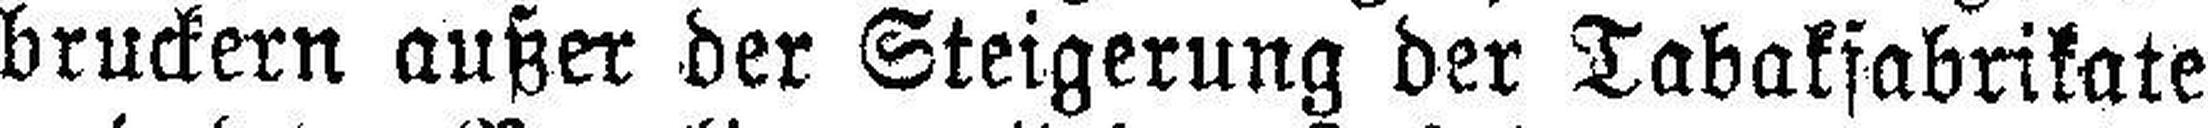
bruckern außer der Steigerung der Tabakfabrikate